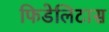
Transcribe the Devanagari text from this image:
फिडेलिटास